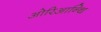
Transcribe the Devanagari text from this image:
ओरिआन्थि